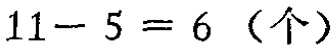
\(11 - 5 = 6 \ (\text{个})\)